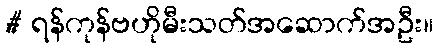
# ရန်ကုန်ဗဟိုမီးသတ်အဆောက်အဦး။